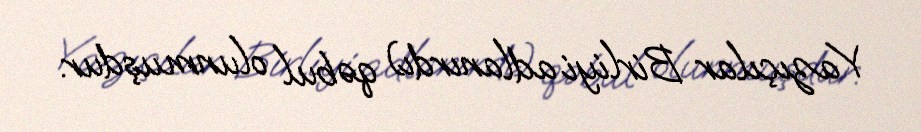
Yazıçılar Birliyi adlanırdı) qəbul olunmuşdur.